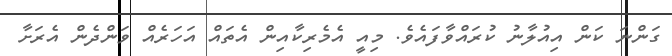
ގަންނަ ކަން އިއުލާނު ކުރައްވާފައެވެ. މިއީ އެމެރިކާއިން އެތައް އަހަރެއް ވަންދެން އެެރަށާ